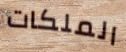
الملكات